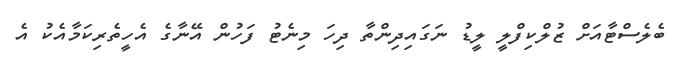
ބެލެސްޓާއަށް ޒުލްކިފްލީ ލީޑު ނަގައިދިންތާ ދިހަ މިނެޓު ފަހުން އޭނާގެ އެހީތެރިކަމާއެކު އެ